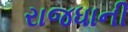
રાજધાની